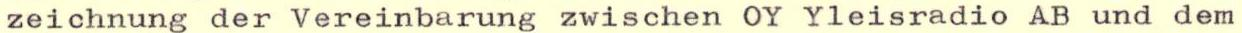
zeichnung der Vereinbarung zwischen OY Yleisradio AB und dem